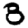
Digit: 8